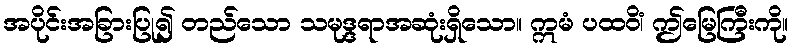
အပိုင်းအခြားပြု၍ တည်သော သမုဒ္ဒရာအဆုံးရှိသော။ ဣမံ ပထဝိံ၊ ဤမြေကြီးကို။